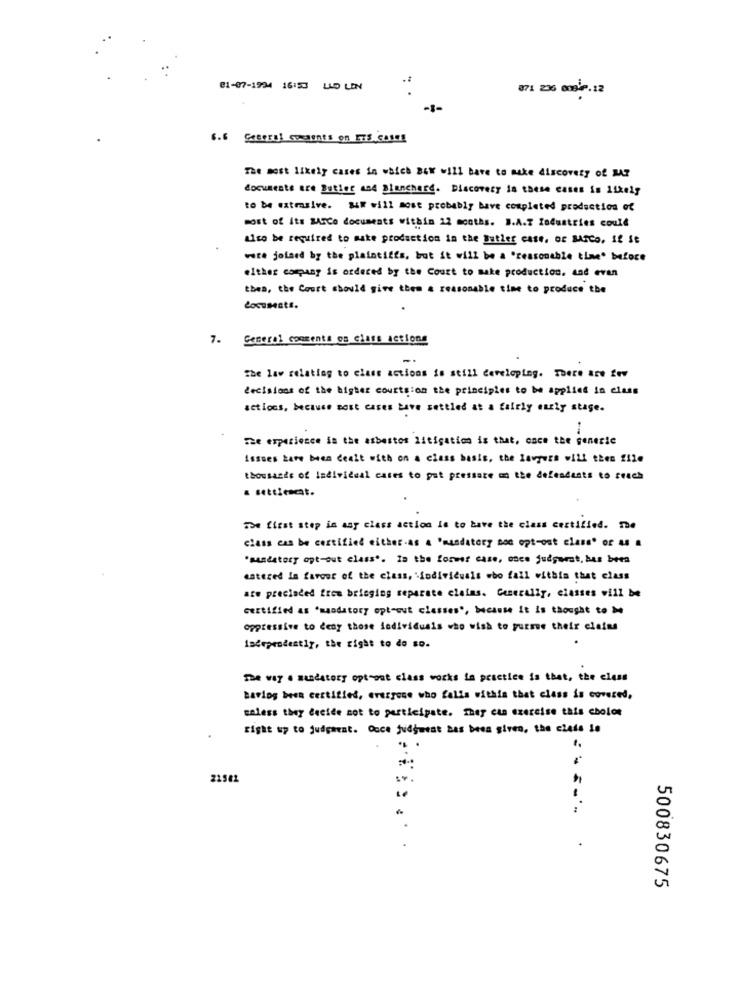
81-07-1934 16:53 LED LEN
871 236 00giP.12
-1-
The most likely cases in which BOW will have to make discovery of MY
documents are Butler and Blanchard. Discovery in these cases is likely
to be extrasive. S4W will most probably have completed production of
most of its BASCe documents within 22 months. B.A.T Industries could
also be required to make production in the Butler case, or Barco, If St
wate joined by the plaintiffs, but it will be a 'reasonable time. before
either company is ordered by the Court to make production, and even
thea, the Court should give them a reasonable time to produce the
Locusests.
7. General comments os class actions
The law relating to class actions is still developing. There are few
decisions of the higher courts:on the principles to be applied in class
actions, because most cases bave settled at a fairly early stage.
-
The experience in the asbestos litigation is that, once the generic
issues bare been dealt with on a class basis, the lavywzs will then file
thousands of Individual cases to put pressare on the defendants to reach
a settlement.
aoe first step in any class action is to bave the class certified. She
class can be certified either as a "mandatory noe opt-out class" or as a
"mandatory opt-out class". la the former case, once judguest, bas been
catered In favour of the class, individuals who fall within that class
ate precioded from bringing separate claims. Generally, classes will be
certified as "mandatory opt-out classes", because it is thought to Me
oppressive to deny those individuals who wish to pursue their claims
independently, the right to do so.
The way a mandatory opt-out class works in practice is that, the class
bariog been certified, everyone who falls within that class is covered,
unless they decide not to participate. They can exercise this cholos
right up to judgment. Once judywest has been given, the ciade se
22581
500830675